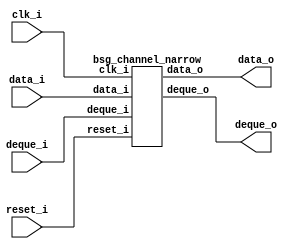
// This program was cloned from: https://github.com/chipsalliance/UHDM-integration-tests
// License: Apache License 2.0



module top
(
  clk_i,
  reset_i,
  data_i,
  deque_o,
  data_o,
  deque_i
);

  input [15:0] data_i;
  output [7:0] data_o;
  input clk_i;
  input reset_i;
  input deque_i;
  output deque_o;

  bsg_channel_narrow
  wrapper
  (
    .data_i(data_i),
    .data_o(data_o),
    .clk_i(clk_i),
    .reset_i(reset_i),
    .deque_i(deque_i),
    .deque_o(deque_o)
  );


endmodule



module bsg_channel_narrow
(
  clk_i,
  reset_i,
  data_i,
  deque_o,
  data_o,
  deque_i
);

  input [15:0] data_i;
  output [7:0] data_o;
  input clk_i;
  input reset_i;
  input deque_i;
  output deque_o;
  wire [7:0] data_o;
  wire deque_o,N0,N1;
  wire [0:0] count_r,count_n;
  reg count_r_0_sv2v_reg;
  assign count_r[0] = count_r_0_sv2v_reg;
  assign data_o[7] = (N1)? data_i[7] : 
                     (N0)? data_i[15] : 1'b0;
  assign N0 = count_r[0];
  assign data_o[6] = (N1)? data_i[6] : 
                     (N0)? data_i[14] : 1'b0;
  assign data_o[5] = (N1)? data_i[5] : 
                     (N0)? data_i[13] : 1'b0;
  assign data_o[4] = (N1)? data_i[4] : 
                     (N0)? data_i[12] : 1'b0;
  assign data_o[3] = (N1)? data_i[3] : 
                     (N0)? data_i[11] : 1'b0;
  assign data_o[2] = (N1)? data_i[2] : 
                     (N0)? data_i[10] : 1'b0;
  assign data_o[1] = (N1)? data_i[1] : 
                     (N0)? data_i[9] : 1'b0;
  assign data_o[0] = (N1)? data_i[0] : 
                     (N0)? data_i[8] : 1'b0;
  assign count_n[0] = count_r[0] ^ deque_i;
  assign N1 = ~count_r[0];
  assign deque_o = deque_i & count_r[0];

  always @(posedge clk_i) begin
    if(reset_i) begin
      count_r_0_sv2v_reg <= 1'b0;
    end else if(1'b1) begin
      count_r_0_sv2v_reg <= count_n[0];
    end 
  end


endmodule